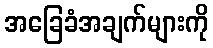
အခြေခံအချက်များကို